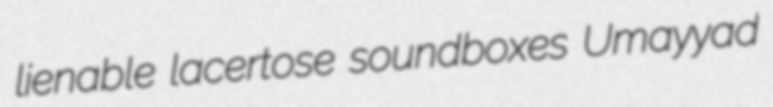
lienable lacertose soundboxes Umayyad